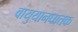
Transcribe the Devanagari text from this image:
वायुयानघातक